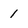
Character: 1